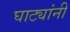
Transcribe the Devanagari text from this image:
घाट्यांनी